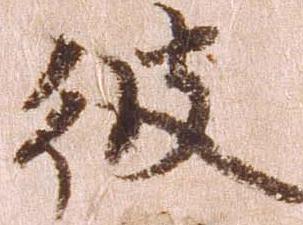
彼